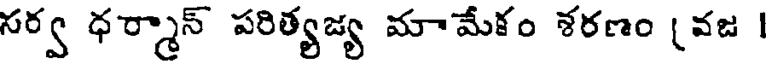
సర్వ ధర్మాన్ పరిత్యజ్య మామేకం శరణం (వజ |